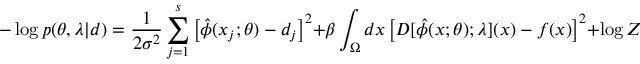
- \log p ( \theta , \lambda | d ) = \frac { 1 } { 2 \sigma ^ { 2 } } \sum _ { j = 1 } ^ { s } \left[ \hat { \phi } ( x _ { j } ; \theta ) - d _ { j } \right] ^ { 2 } + \beta \int _ { \Omega } d x \left[ D [ \hat { \phi } ( x ; \theta ) ; \lambda ] ( x ) - f ( x ) \right] ^ { 2 } + \log Z ( \lambda ) + H ( \lambda ) .